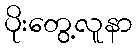
ပိုးတွေ့လူနာ